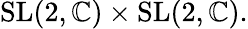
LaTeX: {\mathrm{SL}}(2,\mathbb{C})\times{\mathrm{SL}}(2,\mathbb{C}).